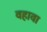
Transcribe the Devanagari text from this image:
वहावा